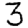
Digit: 3